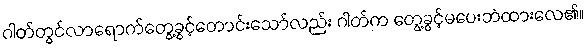
ဂါတ်တွင်လာရောက်တွေ့ခွင့်တောင်းသော်လည်း ဂါတ်က တွေ့ခွင့်မပေးဘဲထားလေ၏။